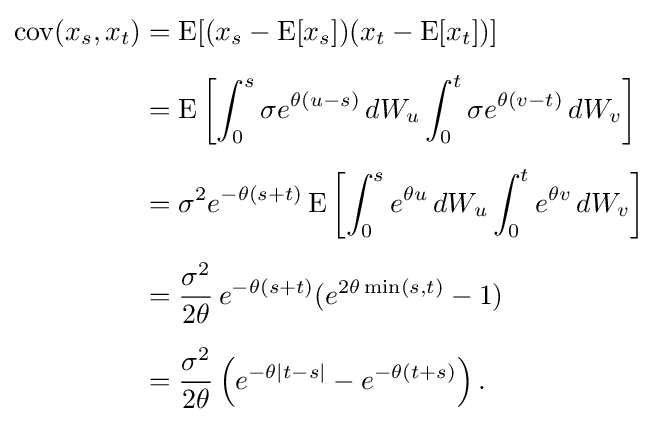
{\begin{aligned}\operatorname {cov} (x_{s},x_{t})&=\operatorname {E} [(x_{s}-\operatorname {E} [x_{s}])(x_{t}-\operatorname {E} [x_{t}])]\\[5pt]&=\operatorname {E} \left[\int _{0}^{s}\sigma e^{\theta (u-s)}\,dW_{u}\int _{0}^{t}\sigma e^{\theta (v-t)}\,dW_{v}\right]\\[5pt]&=\sigma ^{2}e^{-\theta (s+t)}\operatorname {E} \left[\int _{0}^{s}e^{\theta u}\,dW_{u}\int _{0}^{t}e^{\theta v}\,dW_{v}\right]\\[5pt]&={\frac {\sigma ^{2}}{2\theta }}\,e^{-\theta (s+t)}(e^{2\theta \min(s,t)}-1)\\[5pt]&={\frac {\sigma ^{2}}{2\theta }}\left(e^{-\theta |t-s|}-e^{-\theta (t+s)}\right).\end{aligned}}